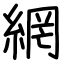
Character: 網